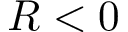
R < 0